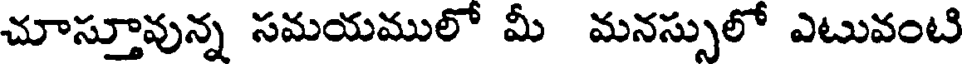
చూస్తూవున్న సమయములో మీ మనస్సులో ఎటువంటి